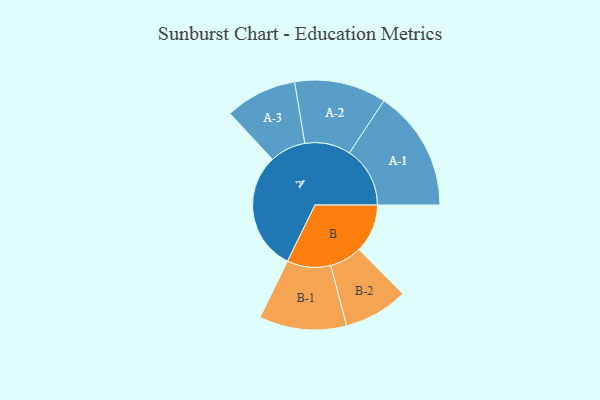
{"axis": {"x": "Segment", "y": "Value"}, "legend": ["", "A", "B"], "data": [{"x": "A", "y": 414, "type": ""}, {"x": "B", "y": 169, "type": ""}, {"x": "A-1", "y": 211, "type": "A"}, {"x": "A-2", "y": 160, "type": "A"}, {"x": "A-3", "y": 125, "type": "A"}, {"x": "B-1", "y": 152, "type": "B"}, {"x": "B-2", "y": 112, "type": "B"}]}